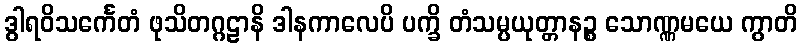
ဒွါရဝိသင်္ကေတံ ဖုသိတဂ္ဂဠာနိ ဒါနကာလေပိ ပက္ခိ တံသမ္ပယုတ္တာနဉ္စ သောဏ္ဏမယေ ကွာတိ